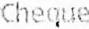
CHEQUE